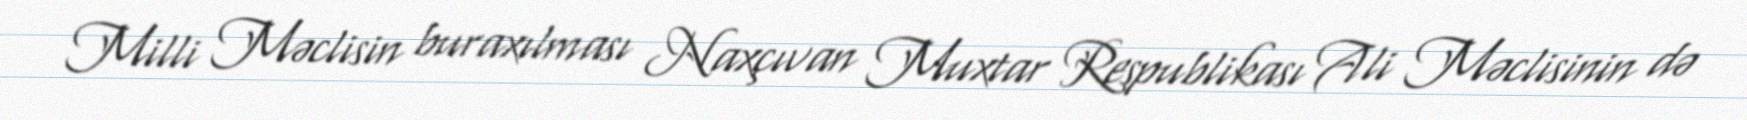
Milli Məclisin buraxılması Naxçıvan Muxtar Respublikası Ali Məclisinin də